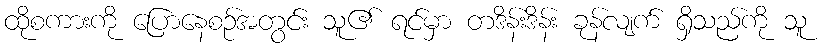
ထိုစကားကို ပြောနေစဉ်အတွင်း သူ၏ ရင်မှာ တဒိန်းဒိန်း ခုန်လျက် ရှိသည်ကို သူ